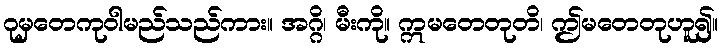
ဂုမှတေကုဝါမည်သည်ကား။ အဂ္ဂိ၊ မီးကို။ ဣမတေတုတိ၊ ဤမတေတုဟူ၍။